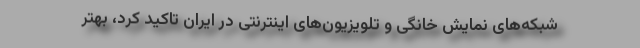
شبکه‌های نمایش خانگی و تلویزیون‌های اینترنتی در ایران تاکید کرد، بهتر